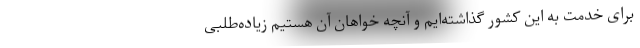
برای خدمت به این کشور گذاشته‌ایم و آنچه خواهان آن هستیم زیاده‌طلبی